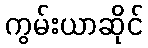
ကွမ်းယာဆိုင်